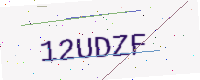
Text: 12UDZF